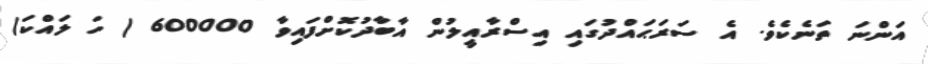
އަންނަ ތަނެކެވެ. އެ ސަރަޙައްދުގައި އިސްރާއީލުން އާބާދުކޮށްފައިވާ 600000 ( ހަ ލައްކަ)